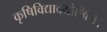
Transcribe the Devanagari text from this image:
कृषिविद्यादयोश्विभे।